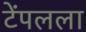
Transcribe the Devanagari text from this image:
टेंपलला